Annual administration report of the Civil Veterinary Department of India - 1906-1907
Year: 1906
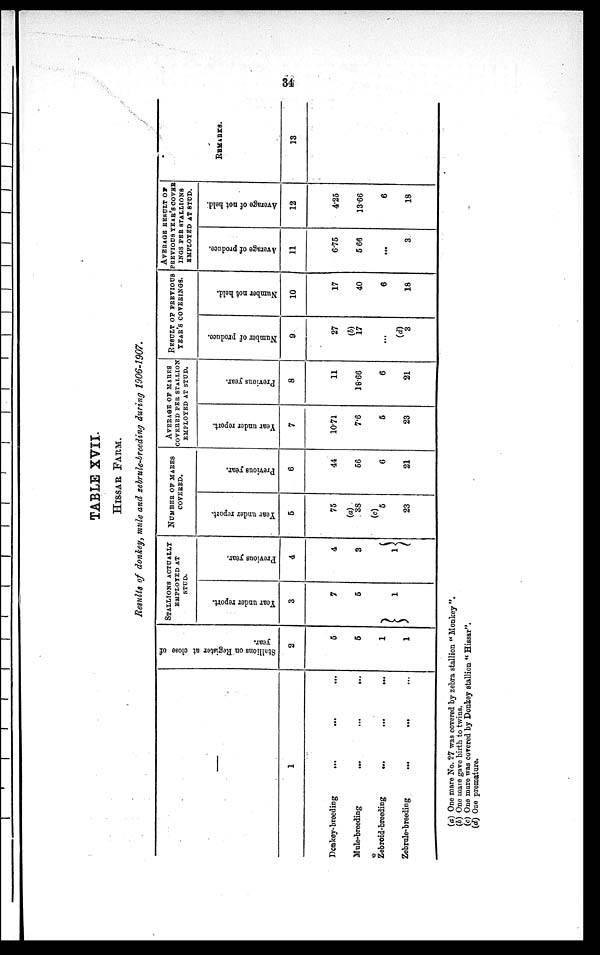
34
TABLE XVII.
HISSAR FARM.
Results of donkey, mule and zebrule-breeding during
1906-1907.
—
1
Donkey-breeding
...
...
...
Mule-breeding
...
...
...
Zebroid-breeding
...
...
...
Zebrule-breeding
...
... ...
Stallions on Register at close of
year.
2
5
5
1
1
STALLIONS ACTUALLY
EMPLOYED AT
STUD.
Year under report.
3
7
5
1
Previous year.
4
4
3
1
NUMBER OF MARES
COVERED.
Year under report.
5
75
(a)
38
(c)
5
23
Previous year.
6
44
56
6
21
AVERAGE OF MARES
COVERED PER STALLION
EMPLOYED AT STUD.
Year under report.
7
10.71
7.6
5
23
Previous year.
8
11
18.66
6
21
RESULT OF PREVIOUS
YEAR'S COVERINGS.
Number of produce.
9
27
17
...
(d)
3
Number not held.
10
17
40
6
18
AVERAGE RESULT OF
PREVIOUS YEAR'S COVER¬
INGS PER STALLIONS
EMPLOYED AT STUD.
Average of produce.
11
6.75
5.66
...
3
Average of not held.
12
4.25
13.66
6
18
REMARKS.
13
(a) One mare No. 27 was covered by zebra stallion " Monkey ".
(b) One mare gave birth to twins.
(c) One mare was covered by Donkey stallion " Hissar".
(d) One premature.